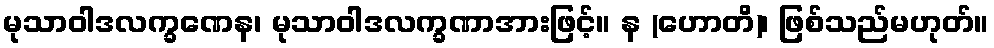
မုသာဝါဒလက္ခဏေန၊ မုသာဝါဒလက္ခဏာအားဖြင့်။ န (ဟောတိ)၊ ဖြစ်သည်မဟုတ်။